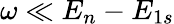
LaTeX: \omega\ll E_{n}-E_{1s}